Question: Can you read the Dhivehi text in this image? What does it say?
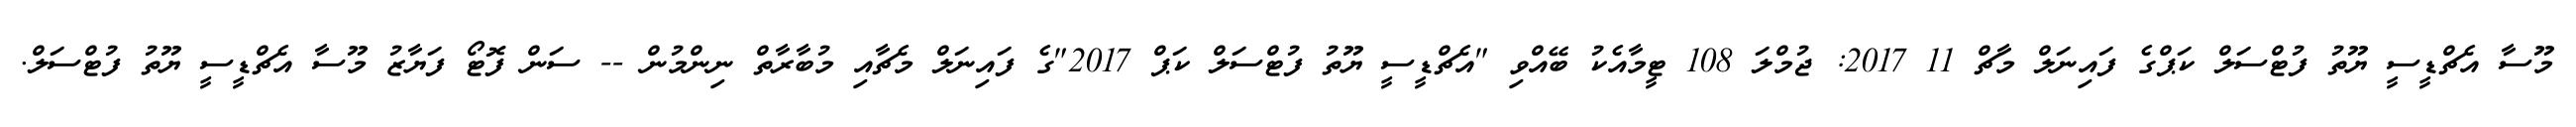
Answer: މޫސާ އެޗްޑީސީ ޔޫތު ފުޓްސަލް ކަޕްގެ ފައިނަލް މާޗް 11 2017: ޖުމްލަ 108 ޓީމާއެކު ބޭއްވި "އެޗްޑީސީ ޔޫތު ފުޓްސަލް ކަޕް 2017"ގެ ފައިނަލް މެޗާއި މުބާރާތް ނިންމުން -- ސަން ފޮޓޯ ފަޔާޒު މޫސާ އެޗްޑީސީ ޔޫތު ފުޓްސަލް.